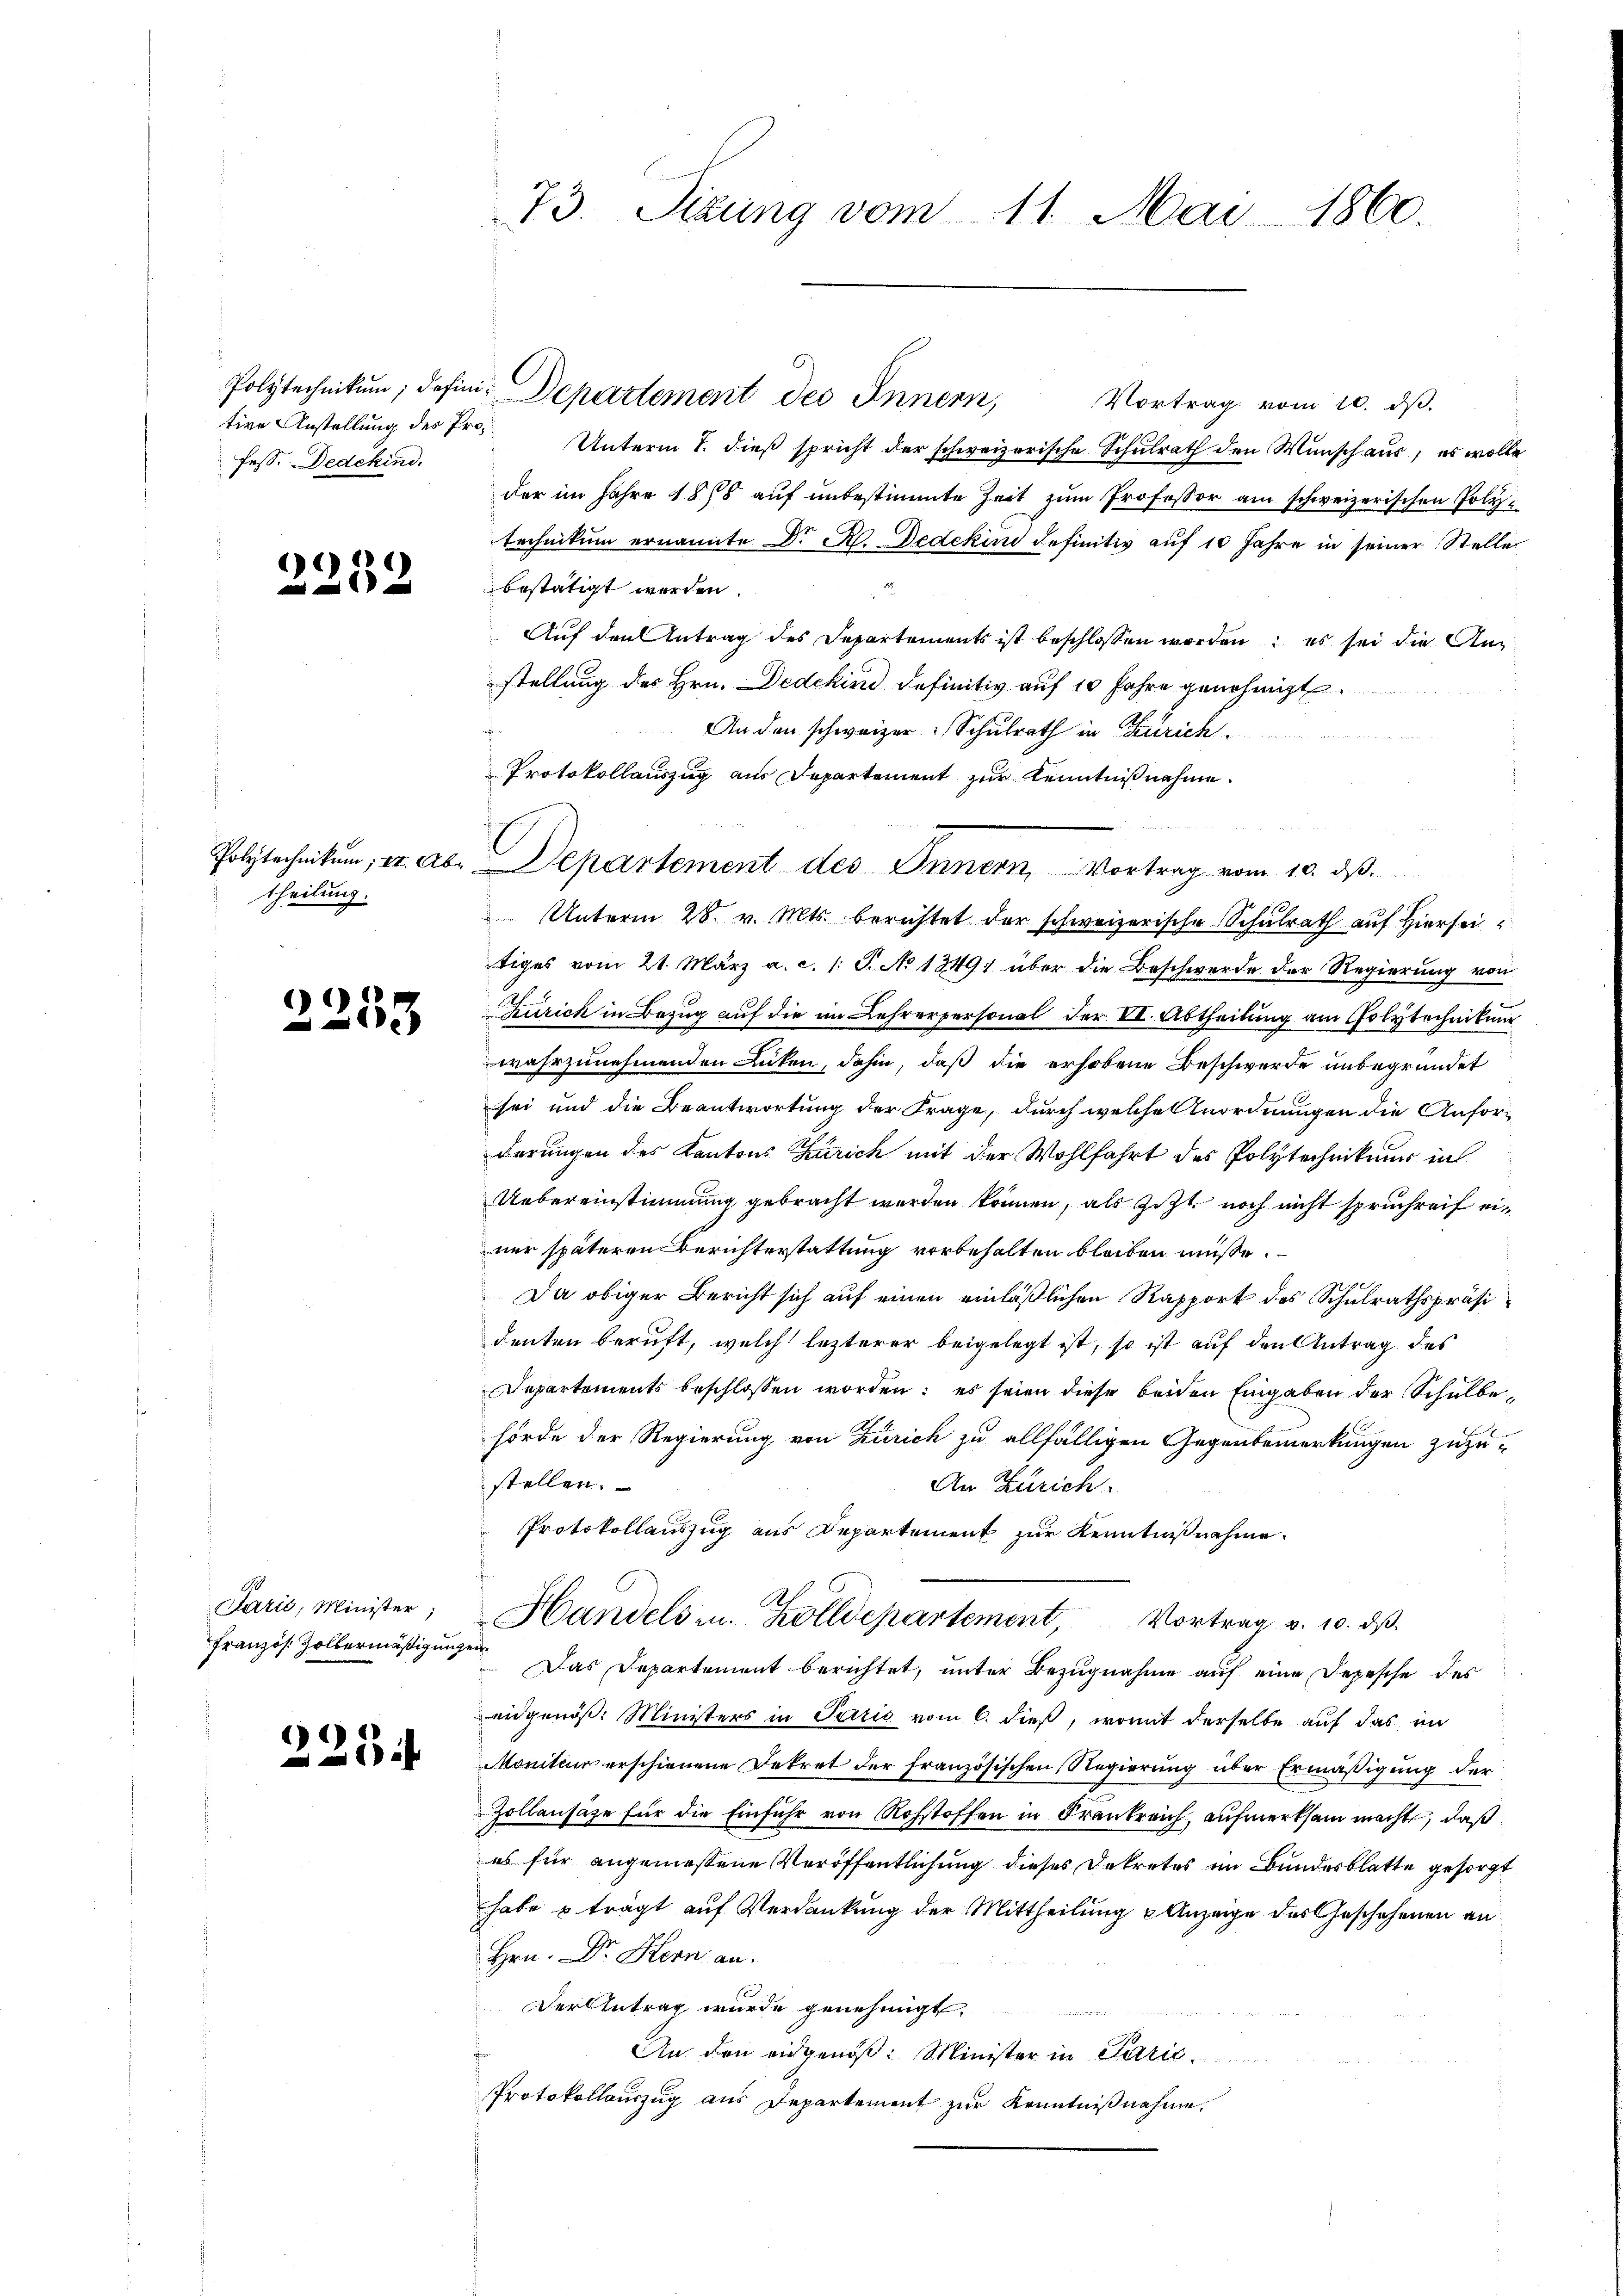
fess. Dedekind.

2232

theilung.

2

353.

Sarić, Minister,
Französ. Zollermäßigung

2254

73. Sizung vom 11. Mai 1860.

tige Anstellung des Pro. Unterm 7. dieß spricht der schweizerische Schulrath den Wunsch aus, es wolle
der im Jahre 1878 auf unbestimmte Zeit zum Professor am schweizerischen Polytechnikum ernannte Dr. K. Dedekuni definitiv auf 10 Jahre in seiner Stelle
bestätigt werden.
Auf den Antrag des Departements ist beschlossen worden; es sei die Anstellung des Hrn. Dedekind definitiv auf 10 Jahre genehmigt.
An den schweizer Schulrath in Zürich.
Protokollauszug aus Departement zur Kenntnißnahme.
Unterm 28. v. Mts. berichtet der schweizerische Schulrath auf Hiersei
tiges vom 21. März a. c. l. J. No 1349 über die Beschwerde der Regierung von
Zürich in Bezug auf die im Lehrerpersonal der VI. Abtheilung am Polytechnikum
wahrzunehmenden Lücken, dahin, daß die erhobene Beschwerde unbegründet
sei und die Beantwortung der Frage, durch welche Anordnungen die Anforderungen des Kantons Zürich mit der Wohlfahrt des Polytechnikum in
Uebereinstimmung gebracht werden können, als Zizt noch nicht spruchreif einer späteren Berichterstattung vorbehalten bleiben müsse.
Da obiger Bericht sich auf einen einläßlichen Rapport des Schulrathspräsidenten beruft, welch lezterer beigelegt ist, so ist auf den Antrag des
Departements beschlossen worden: es seien diese beiden Eingaben der Schulbehörde der Regierung von Zürich zu allfälligen Gegenbemerkungen zuzustellen.
An Zürich.
Protokollauszug aus Departement zur Kenntnißnahme.
.
Handels zu. Zolldepartement, Vortrag v. 10. ds.
 Das Departement berichtet, unter Bezugnahme auf eine Depesche des
eidgenöß: Ministers in Paris vom 6. dieß, womit derselbe auf das im
Moniteur erschienene Dekret der französischen Regierung über Ermäßigung der
Zollansäze für die Einfuhr von Rohstoffen in Frankreich, aufmerksam macht, daß
es für angemessene Veröffentlichung dieses Dekretes im Bundesblatte gesorgt
habe & trägt auf Verdankung der Mittheilung & Anzeige des Geschehenen an
Hrn. Dr. Kern an.
erAntrag wurde genehmigt.
An den eidgenöß: Minister in Parić,
Protokollauszug aus Departement zur Kenntnißnahme,

Polytechnikum, defin Departement des Innern, Vortrag vom 10. ds.

Polytechnikum, pr. ab. Departement des Innern, Vortrag vom 10. ds.